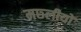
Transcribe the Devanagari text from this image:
मछ्लीयों